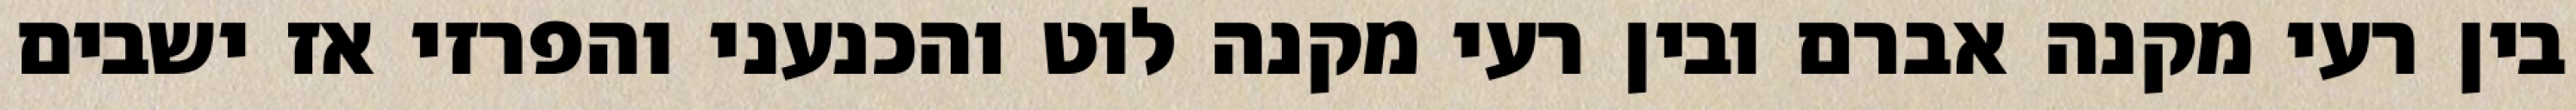
בין רעי מקנה אברם ובין רעי מקנה לוט והכנעני והפרזי אז ישבים